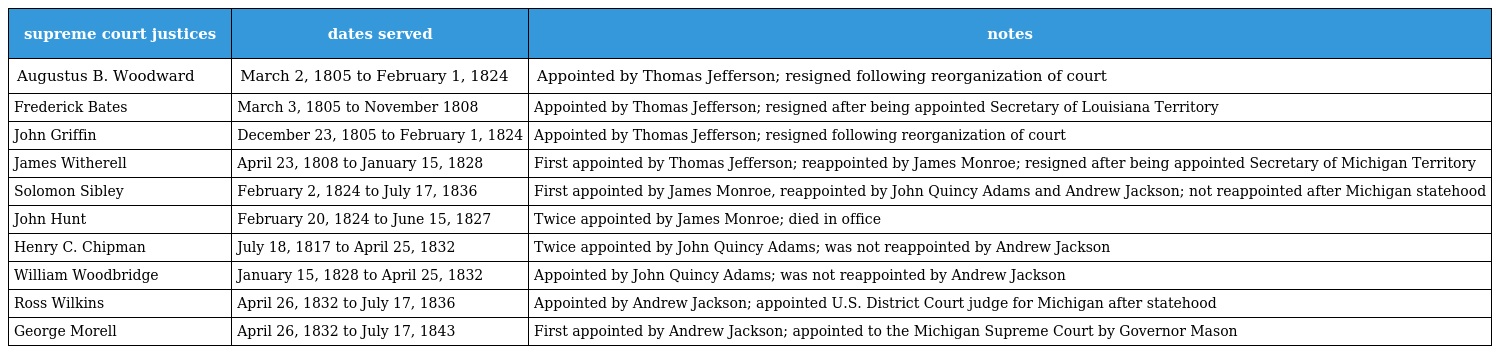
| supreme court justices | dates served | notes |
 | --- | --- | --- |
 | Augustus B. Woodward | March 2, 1805 to February 1, 1824 | Appointed by Thomas Jefferson; resigned following reorganization of court |
 | Frederick Bates | March 3, 1805 to November 1808 | Appointed by Thomas Jefferson; resigned after being appointed Secretary of Louisiana Territory |
 | John Griffin | December 23, 1805 to February 1, 1824 | Appointed by Thomas Jefferson; resigned following reorganization of court |
 | James Witherell | April 23, 1808 to January 15, 1828 | First appointed by Thomas Jefferson; reappointed by James Monroe; resigned after being appointed Secretary of Michigan Territory |
 | Solomon Sibley | February 2, 1824 to July 17, 1836 | First appointed by James Monroe, reappointed by John Quincy Adams and Andrew Jackson; not reappointed after Michigan statehood |
 | John Hunt | February 20, 1824 to June 15, 1827 | Twice appointed by James Monroe; died in office |
 | Henry C. Chipman | July 18, 1817 to April 25, 1832 | Twice appointed by John Quincy Adams; was not reappointed by Andrew Jackson |
 | William Woodbridge | January 15, 1828 to April 25, 1832 | Appointed by John Quincy Adams; was not reappointed by Andrew Jackson |
 | Ross Wilkins | April 26, 1832 to July 17, 1836 | Appointed by Andrew Jackson; appointed U.S. District Court judge for Michigan after statehood |
 | George Morell | April 26, 1832 to July 17, 1843 | First appointed by Andrew Jackson; appointed to the Michigan Supreme Court by Governor Mason |